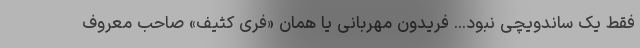
فقط یک ساندویچی نبود... فریدون مهربانی یا همان «فری کثیف» صاحب معروف